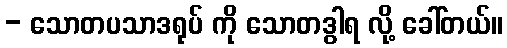
- သောတပသာဒရုပ် ကို သောတဒွါရ လို့ ခေါ်တယ်။